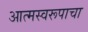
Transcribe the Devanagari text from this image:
आत्मस्वरूपाचा